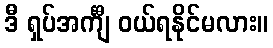
ဒီ ရှပ်အင်္ကျီ ဝယ်ရနိုင်မလား။